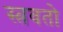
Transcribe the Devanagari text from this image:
स्त्रवतो